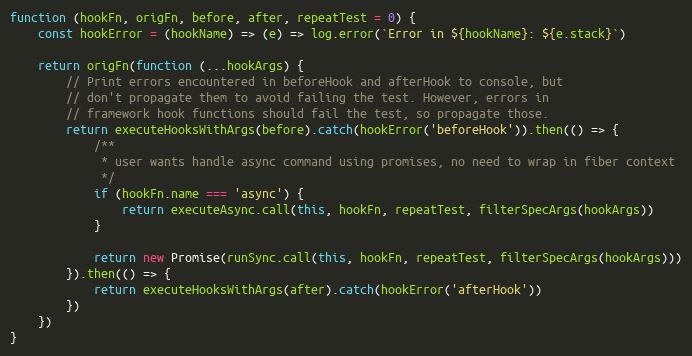
Language: JavaScript
function (hookFn, origFn, before, after, repeatTest = 0) {
    const hookError = (hookName) => (e) => log.error(`Error in ${hookName}: ${e.stack}`)

    return origFn(function (...hookArgs) {
        // Print errors encountered in beforeHook and afterHook to console, but
        // don't propagate them to avoid failing the test. However, errors in
        // framework hook functions should fail the test, so propagate those.
        return executeHooksWithArgs(before).catch(hookError('beforeHook')).then(() => {
            /**
             * user wants handle async command using promises, no need to wrap in fiber context
             */
            if (hookFn.name === 'async') {
                return executeAsync.call(this, hookFn, repeatTest, filterSpecArgs(hookArgs))
            }

            return new Promise(runSync.call(this, hookFn, repeatTest, filterSpecArgs(hookArgs)))
        }).then(() => {
            return executeHooksWithArgs(after).catch(hookError('afterHook'))
        })
    })
}